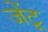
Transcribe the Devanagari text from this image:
जेंटू